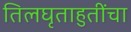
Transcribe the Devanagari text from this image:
तिलघृताहुतींचा